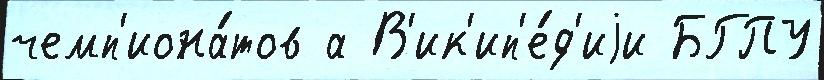
чемп'иона́тов а В'ик'ип'е́д'иjи БГПУ